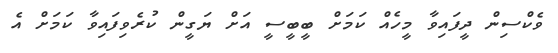
ވެކްސިން ދީފައިވާ މީހެއް ކަމަށް ބީބީސީ އަށް ޔަގީން ކުރެވިފައިވާ ކަމަށް އެ